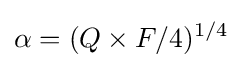
\alpha =(Q\times F/4)^{1/4}\,\!